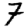
Digit: 7